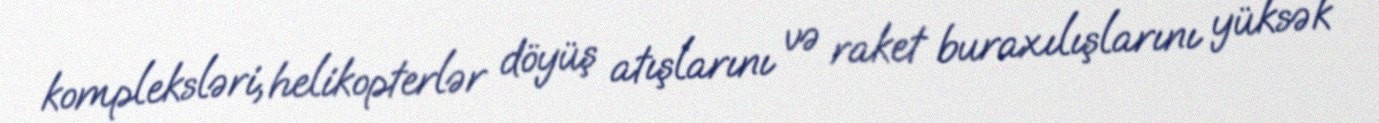
kompleksləri, helikopterlər döyüş atışlarını və raket buraxılışlarını yüksək